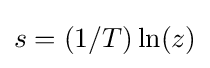
s=(1/T)\ln(z)